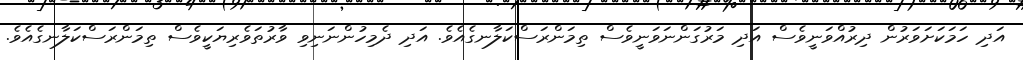
އަދި ހަމަކަށަވަރުން ދިރުއްވަނީވެސް އަދި މަރުގަންނަވަނީވެސް ތިމަންރަސްކަލާނގެއެވެ. އަދި ދެމިހުންނަނިވި ވާރުތަވެރިޔަކީވެސް ތިމަންރަސްކަލާނގެއެވެ.